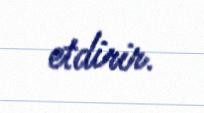
etdirir.